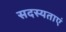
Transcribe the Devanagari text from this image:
सदस्यताएं